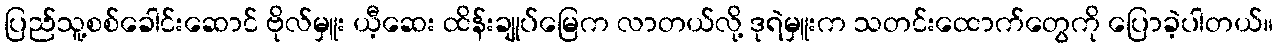
ပြည်သူ့စစ်ခေါင်းဆောင် ဗိုလ်မှူး ယီ့ဆေး ထိန်းချုပ်မြေက လာတယ်လို့ ဒုရဲမှူးက သတင်းထောက်တွေကို ပြောခဲ့ပါတယ်။